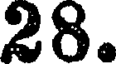
28.